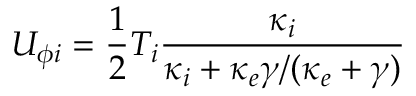
U _ { \phi i } = \frac { 1 } { 2 } T _ { i } \frac { \kappa _ { i } } { \kappa _ { i } + \kappa _ { e } \gamma / ( \kappa _ { e } + \gamma ) }